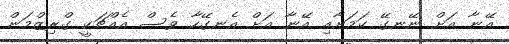
އޭނާ އަށް ނޭނގޭ ކަމަށާއި އޭނާ އަށް އެނގޭހާ ވެސް އެއްޗަކީ ގްރިޒްމަން